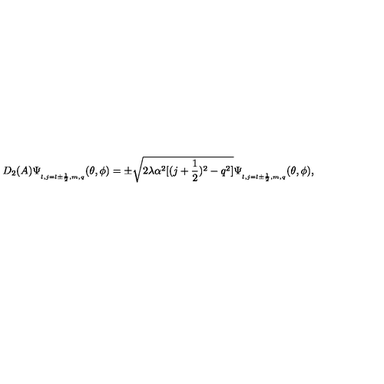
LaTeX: D _ { 2 } ( A ) \Psi _ { _ { l , j = l \pm \frac { 1 } { 2 } , m , q } } ( \theta , \phi ) = \pm \sqrt { 2 \lambda \alpha ^ { 2 } [ ( j + \frac { 1 } { 2 } ) ^ { 2 } - q ^ { 2 } ] } \Psi _ { _ { l , j = l \pm \frac { 1 } { 2 } , m , q } } ( \theta , \phi ) ,